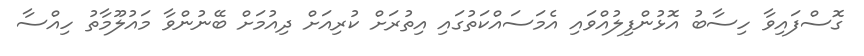
ގޮސްފައިވާ ހިސާބު އޮޅުންފިލުއްވައި އެމަސައްކަތުގައި އިތުރަށް ކުރިއަށް ދިއުމަށް ބޭނުންވާ މައުލޫމާތު ހިއްސާ